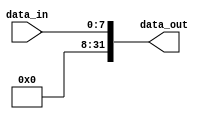
module sign_extend8to32(
    input wire [7:0] data_in,
    output wire [31:0] data_out
);

    assign data_out = (data_in[15]) ? {{24{1'b1}}, data_in} : {{24{1'b0}}, data_in};

endmodule